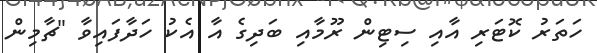
ހަތަރު ކޮޓަރި އާއި ސިޓިން ރޫމާއި ބަދިގެ އާ އެކު ހަދާފައިވާ "ޗާމިން